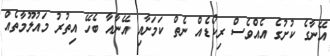
އޭނާގެ ކުށުގެ އެއްވެސް ރިކޯޑެއް ނެތް ކަމަށާއި އޭނާއާ ބެހޭ އިތުރު މައުލޫމާތެއް